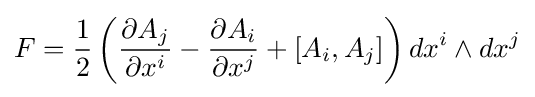
F={\frac {1}{2}}\left({\frac {\partial A_{j}}{\partial x^{i}}}-{\frac {\partial A_{i}}{\partial x^{j}}}+[A_{i},A_{j}]\right)dx^{i}\wedge dx^{j}